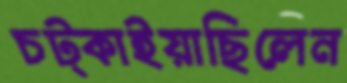
চট্‌কাইয়াছিলেন